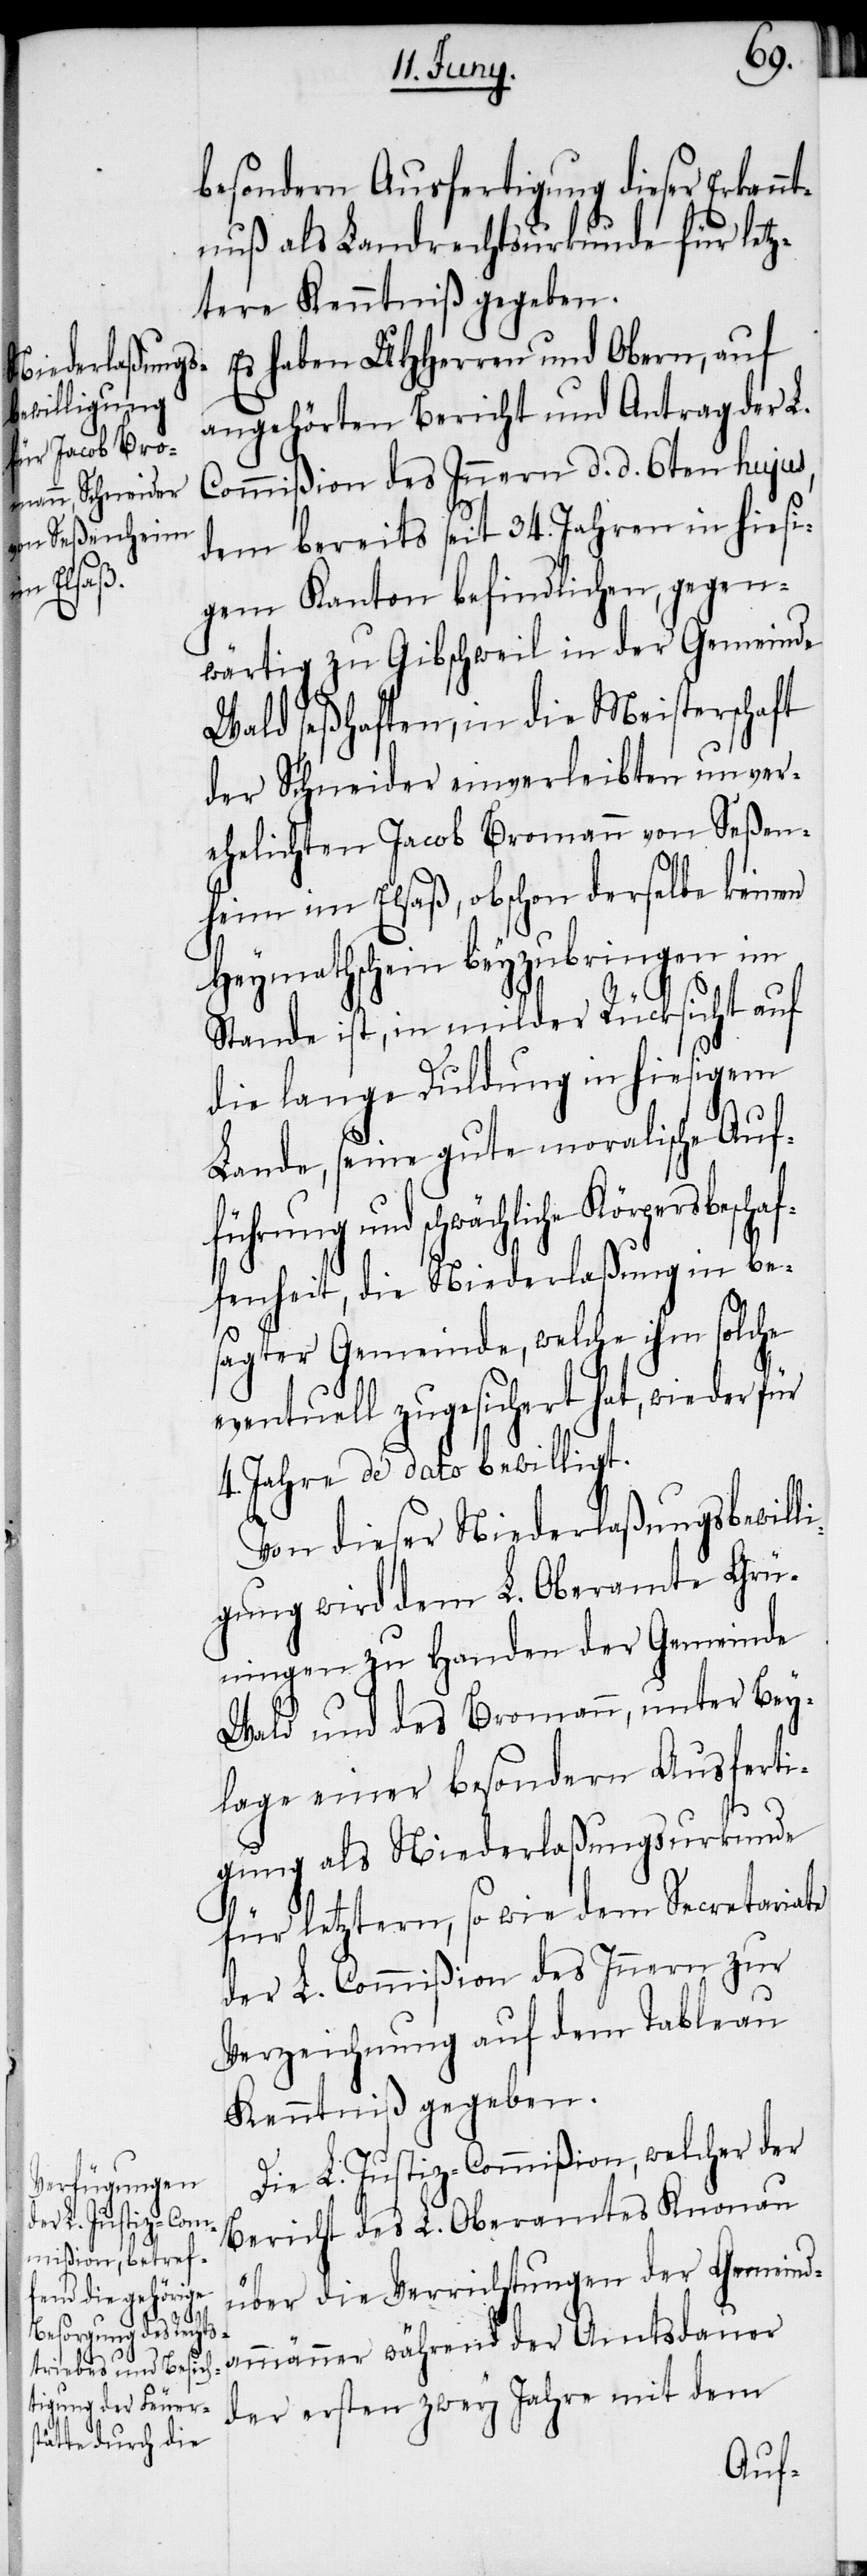
beschaf¬

besondern Ausfertigung dieser Erkann¬
tnuß als Landrechtsurkunde für letz¬
tere Kenntniß gegeben.
Es haben UHHerren und Obern, auf
angehörten Bericht und Antrag der L.
Commißion des Innern d. d. 6ten hujus,
dem bereits seit 34. Jahren in hiesi¬
gem Kanton befindlichen, gegen¬
wärtig zu Gibschweil in der Gemeinde
Wald seßhaften, in die Meisterschaft
der Schneider einverleibten unver¬
ehelichten Jacob Broman von Seßen¬
heim im Elsaß, obschon derselbe keinen
Heymathschein beyzubringen im
Stande ist, in milder Rücksicht auf
die lange Duldung in hiesigem
Lande, seine gute moralische Auf¬
führung und schwächliche Körpers¬
fenheit, die Niederlaßung in be¬
sagter Gemeinde, welche ihm solche
eventuell zugesichert hat, wieder für
4. Jahre de dato bewilligt.
Von dieser Niederlaßungsbewill¬
igung wird dem L. Oberamte Grü¬
ningen zu Handen der Gemeinde
Wald und des Bromann, unter Bey¬
lage einer besondern Ausferti¬
gung als Niederlaßungsurkunde
für letztern, so wie dem Secretariate
der L. Commißion des Innern zur
Verzeichnung auf dem Tableau
Kenntniß gegeben.
Die L. Justiz-Commißion, welcher der
Bericht des L. Oberamtes Knonau
über die Verrichtungen der Gemeind¬
ammänner während der Amtsdauer
der ersten zwey Jahre mit dem